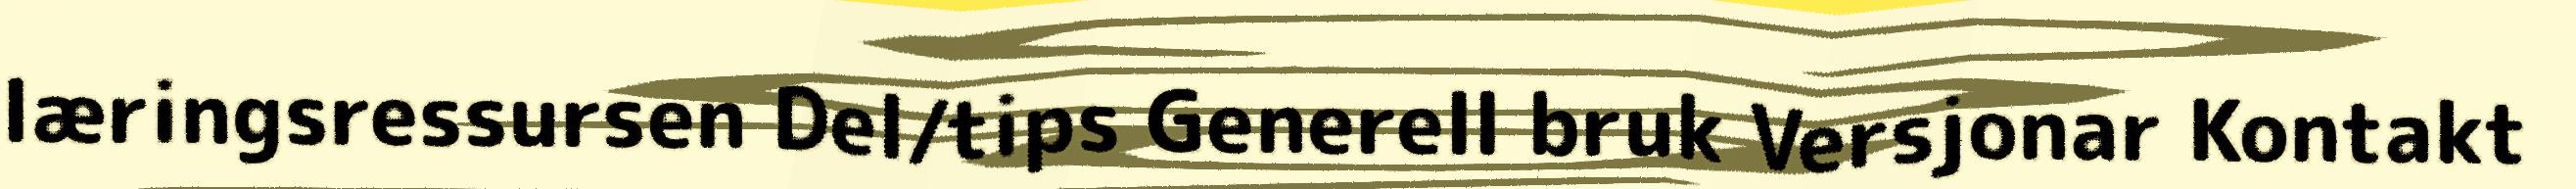
læringsressursen Del/tips Generell bruk Versjonar Kontakt